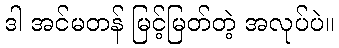
ဒါ အင်မတန် မြင့်မြတ်တဲ့ အလုပ်ပဲ။